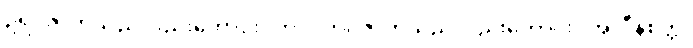
ဥရဂဇာတ်သည်လည်းကောင်း။ ဘဂ္ဂ၊ ဘဂ္ဂဇာတ်သည်လည်းကောင်း။ အလီနစိတ္တ၊